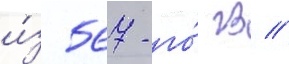
и́з 567-го́ гв //